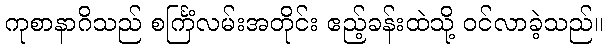
ကုစာနာဂိသည် စင်္ကြံလမ်းအတိုင်း ဧည့်ခန်းထဲသို့ ဝင်လာခဲ့သည်။